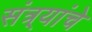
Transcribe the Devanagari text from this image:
संत्र्यांचे